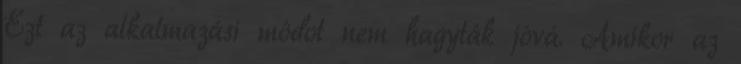
Ezt az alkalmazási módot nem hagyták jóvá. Amikor az